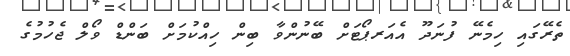
ތެރޭގައި ހިމެނޭ ފުނަދޫ އެއަރޕޯޓަށް ބޭނުންވާ ބިން ހިއްކުމަށް ބަންޑް ވޯލް ޖެހުމުގެ